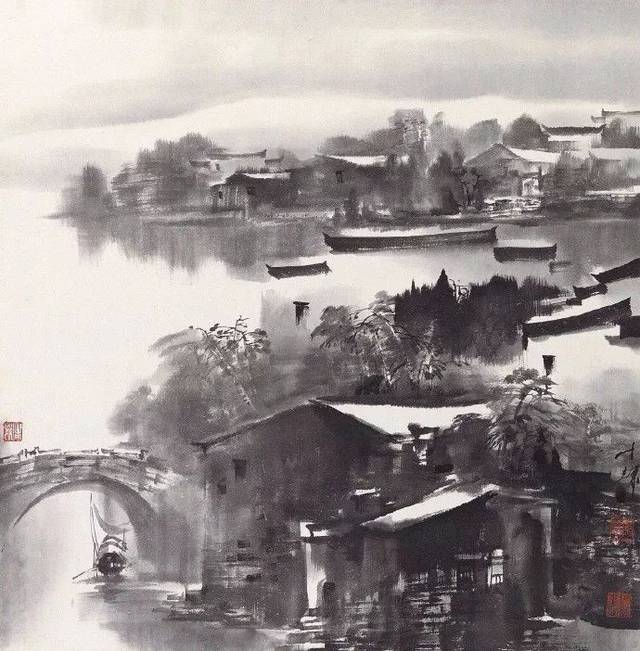
枕上十年事，江南二老忧，都到心头。